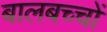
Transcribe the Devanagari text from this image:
बालबच्चों